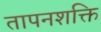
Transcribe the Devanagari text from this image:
तापनशक्ति